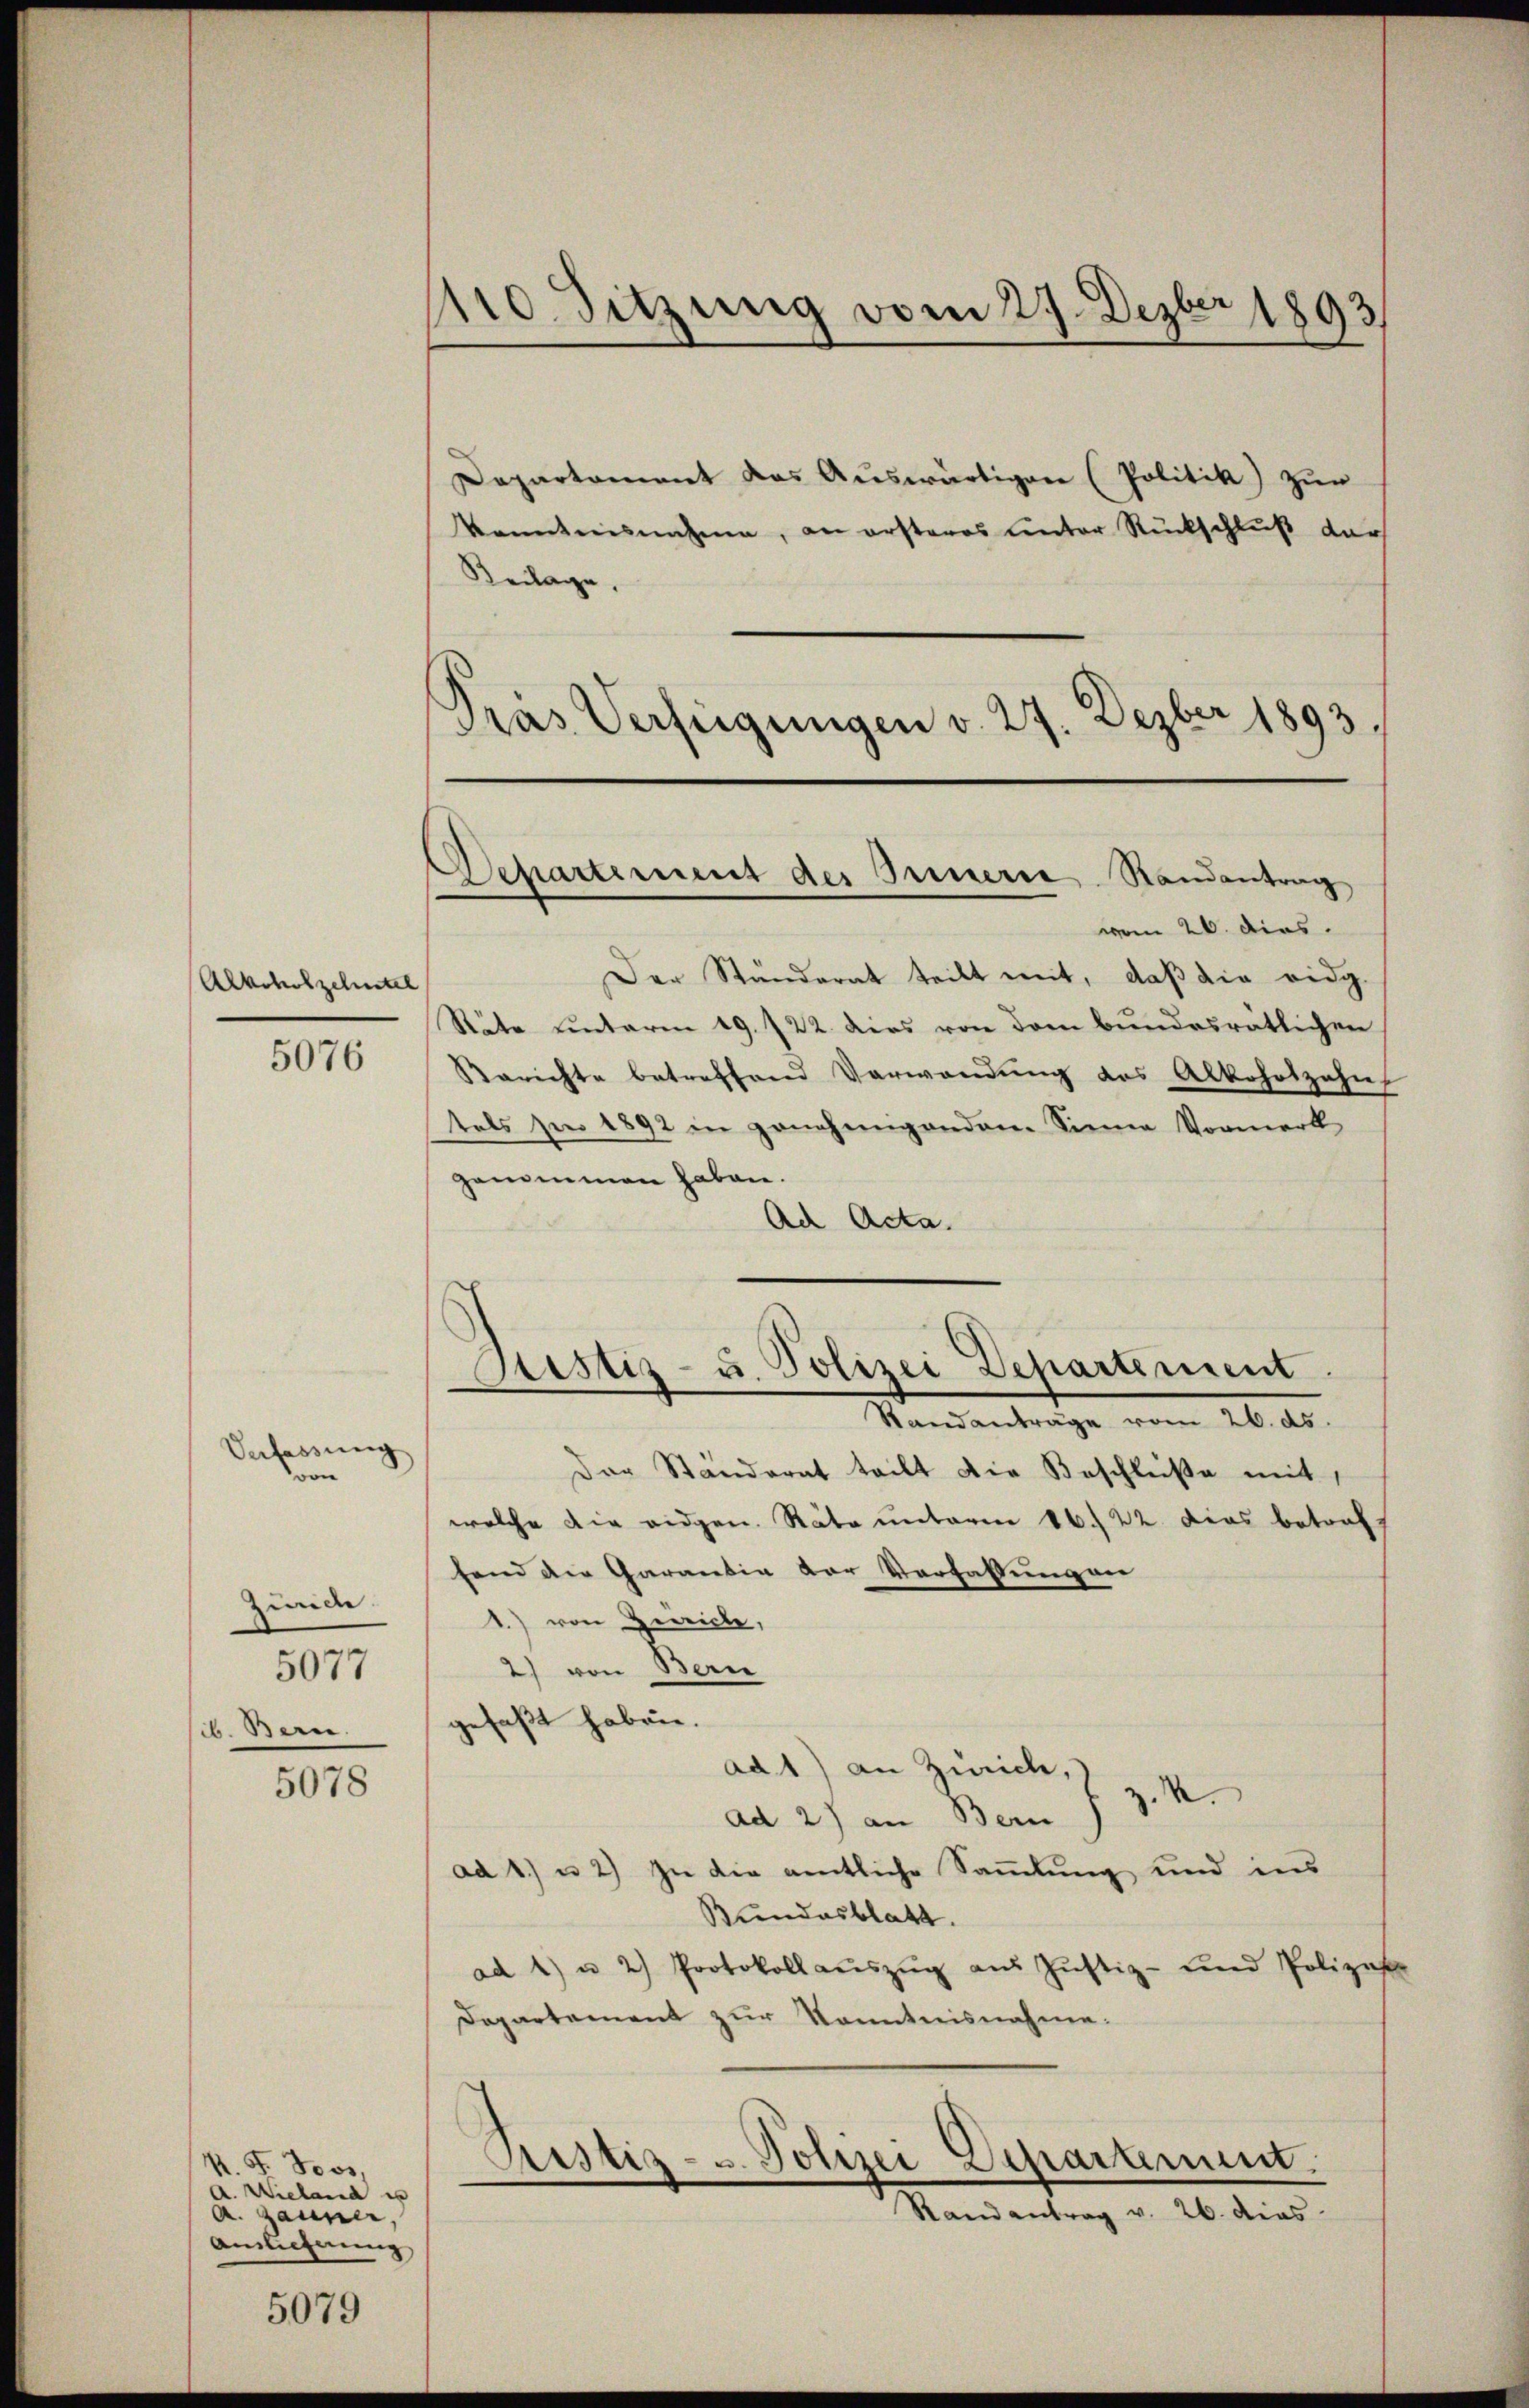
Alkoholzehntel
5076

Verfassung

Zürich
5077
ib. Bern

5078

N. F. Joos,
A. Wieland es
A. Gauner,
Auslieferung

5079

pro Sitzung vom 27. Dezbr 1893

Pras Verfügungen v. 27. Dezber 1893.
Departement des Innerie Randantrag
vom 26. dies

Departament das Auswärtigen (Politik zur
kanntnisnahme, an ersteres unter Rückschluß dar
Beilage,
Der Ständerat teilt mit, daß die eidg.
Stäte unterm 19. 722. dies von dem bundesratlichen
Berichte betreffend Verwendŭng des Alkohrtzahn
tals zu 1892 in ganzengendem Sinne Vormerk
genommen haben.
Ad Acta.
Sistiz- u. Polizei Departement
Mandantrage vom 26. ds.
Der Ständerat teilt die Beschlüße mit
welche die eidgen. Räte unterm 16. 22. Dies betreff
fend die Garantia der Verfassungen
1) von Geriche,
2) von Bern
gefaßt haben.
ad 1) an Zürich,
ad 2) an Bern 13. V
ad 1) u 2) zu die amtliche Sammlung und ins
Bundesblatt.
ad 1) u. 2) Protokollaŭszŭg aŭs Jŭstiz- und Polizei
Departement zur Kenntnisnahme.
Pristiz- & Polizei Departement.
e
Randantrag v. 26. dies

2